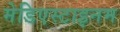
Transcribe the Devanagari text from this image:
मेडिएस्टाइनम